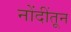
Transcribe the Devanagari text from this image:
नोंदींतून